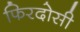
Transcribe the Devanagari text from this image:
फिरदोसी